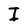
Character: I